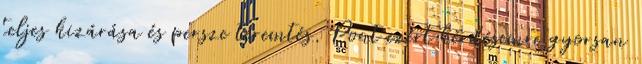
teljes kizárása és persze teremtés. Pont ezért kérdésemre gyorsan